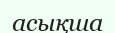
асықша